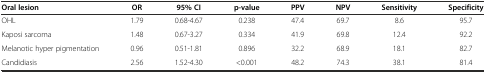
| Oral lesion | OR | 95% CI | p-value | PPV | NPV | Sensitivity | Specificity |
 | --- | --- | --- | --- | --- | --- | --- | --- |
 | OHL | 1.79 | 0.68-4.67 | 0.238 | 47.4 | 69.7 | 8.6 | 95.7 |
 | Kaposi sarcoma | 1.48 | 0.67-3.27 | 0.334 | 41.9 | 69.8 | 12.4 | 92.2 |
 | Melanotic hyper pigmentation | 0.96 | 0.51-1.81 | 0.896 | 32.2 | 68.9 | 18.1 | 82.7 |
 | Candidiasis | 2.56 | 1.52-4.30 | <0.001 | 48.2 | 74.3 | 38.1 | 81.4 |